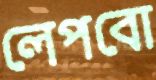
লেপবো